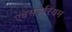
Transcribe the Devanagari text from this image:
एबेसेडेरियम